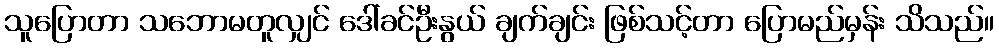
သူပြောတာ သဘောမတူလျှင် ဒေါ်ခင်ဦးနွယ် ချက်ချင်း ဖြစ်သင့်တာ ပြောမည်မှန်း သိသည်။